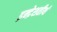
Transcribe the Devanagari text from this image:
इन्द्रेशतीर्थ